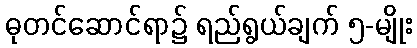
ဓုတင်ဆောင်ရာ၌ ရည်ရွယ်ချက် ၅-မျိုး